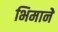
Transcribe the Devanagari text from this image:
भिमानेे